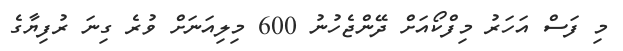
މި ފަސް އަހަރު މިފްކޯއަށް ދޭންޖެހުނު 600 މިލިއަނަށް ވުރެ ގިނަ ރުފިޔާގެ